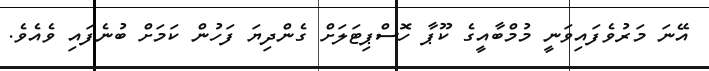
އޭނަ މަރުވެފައިވަނީ މުމްބާއީގެ ކޫޕާ ހޮސްޕިޓަލަށް ގެންދިޔަ ފަހުން ކަމަށް ބުނެފައި ވެއެވެ.